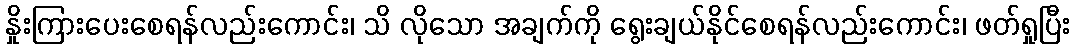
နှိုးကြားပေးစေရန်လည်းကောင်း၊ သိ လိုသော အချက်ကို ရွေးချယ်နိုင်စေရန်လည်းကောင်း၊ ဖတ်ရှုပြီး